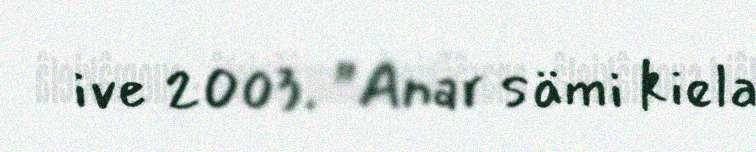
ive 2003. "Anar sämi kiela